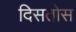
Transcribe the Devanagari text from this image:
दिसतोस